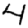
Digit: 4